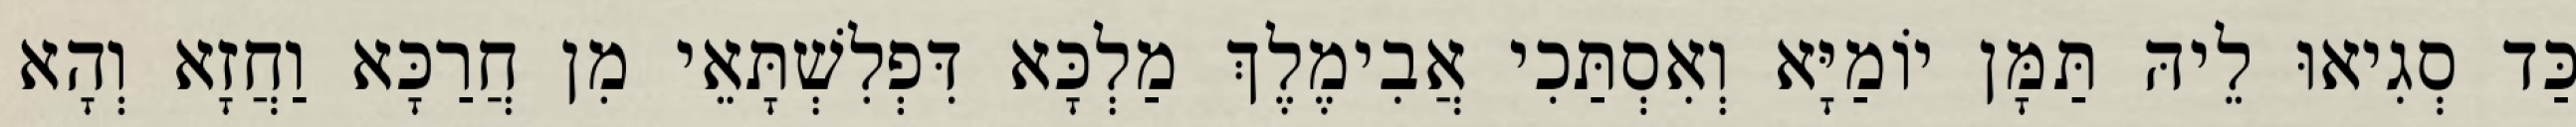
כַּד סְגִיאוּ לֵיהּ תַּמָּן יוֹמַיָּא וְאִסְתַּכִי אֲבִימֶלֶךְ מַלְכָּא דִּפְלִשְׁתָּאֵי מִן חֲרַכָּא וַחֲזָא וְהָא